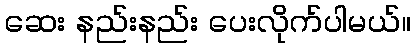
ဆေး နည်းနည်း ပေးလိုက်ပါမယ်။